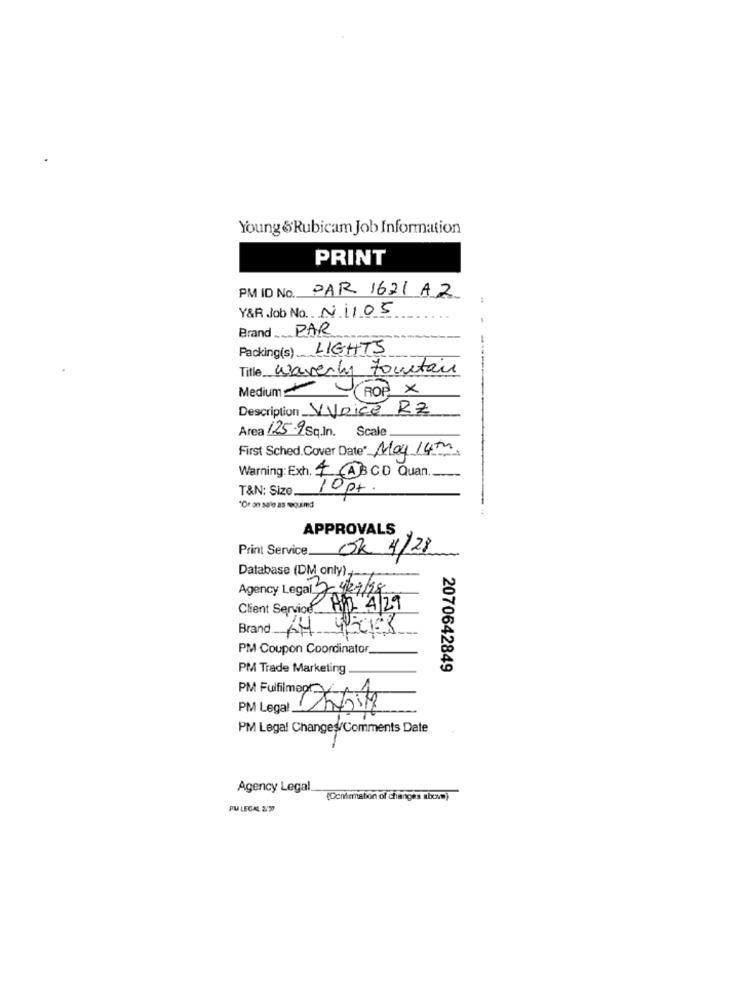
Young &Rubicam Job Information
PRINT
PM ID No. PAR 1621 AZ
Y&R Job No. N1105
Brand PAR
Packing(s) LIGHTS
Title Waverly Fountain
Medium ROP X
Description Voice RZ
Area 125-9 Sq.In. Scale
First Sched.Cover Date* May 14m.
Warning: Exh. + ABCD Quan.
-
T&N: Size
10 pt.
"Or on sale as sequined
APPROVALS
Print Service __
4/28
Database (DM only),
Agency Legal 7 4/29/98
Client Service_ HIL 4/29
Brand KM
42168
PM Coupon Coordinator.
PM Trade Marketing
2070642849
PM Legal __
PM Legal Changes/Comments Date
Agency Legal
(Ocremation of changes above)
PU LEGAL & #